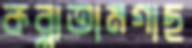
কব্‌লাতামগাছ